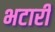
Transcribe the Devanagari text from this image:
भटारी